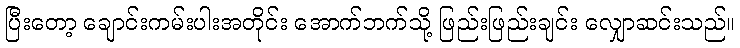
ပြီးတော့ ချောင်းကမ်းပါးအတိုင်း အောက်ဘက်သို့ ဖြည်းဖြည်းချင်း လျှောဆင်းသည်။